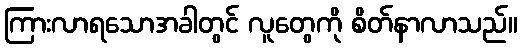
ကြားလာရသောအခါတွင် လူတွေကို စိတ်နာလာသည်။